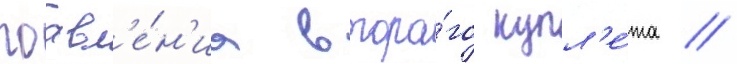
поавл'е́н'иа второ́го купл'е́та //